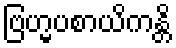
ဗြဟ္မပစာယိကန္တိ